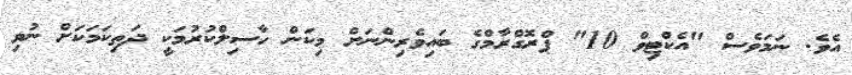
އެވެ. ނަމަވެސް "އެކްޓިވް 10" ޕްރޮގްރާމްގެ ބައިވެރިންނަށް މިކަން ހާސިލްކުރުމަކީ ދަތިކަމަކަށް ނުވި